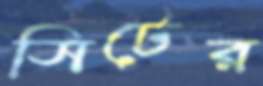
সিটের